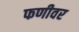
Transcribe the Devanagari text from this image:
फणीवर